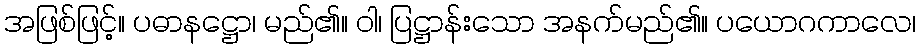
အဖြစ်ဖြင့်။ ပဓာနဋ္ဌော၊ မည်၏။ ဝါ၊ ပြဋ္ဌာန်းသော အနက်မည်၏။ ပယောဂကာလေ၊